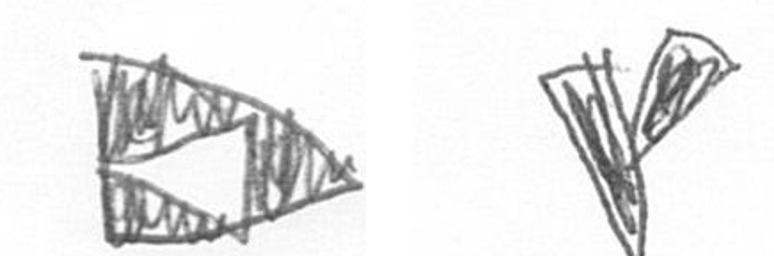
K F